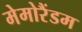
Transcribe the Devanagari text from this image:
मेमोरैंडम